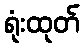
ရုံးထုတ်